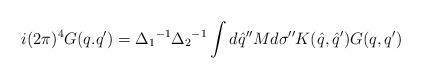
LaTeX: \begin{align*}i(2\pi)^4 G(q.q') = {\Delta_1}^{-1} {\Delta_2}^{-1} \int d{\hat q}'' Md{\sigma}'' K({\hat q},{\hat q'}) G(q,q')\end{align*}